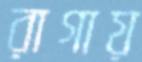
রাগায়